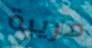
مريبة